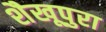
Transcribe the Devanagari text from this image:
शैखूपुरा